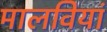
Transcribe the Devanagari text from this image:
मालवियां